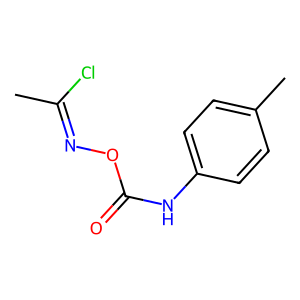
SMILES: CC(Cl)=NOC(=O)Nc1ccc(C)cc1
Inhibits HIV replication: No